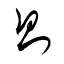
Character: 則